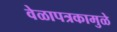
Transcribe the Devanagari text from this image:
वेळापत्रकामुळे